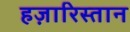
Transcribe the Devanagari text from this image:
हज़ारिस्तान